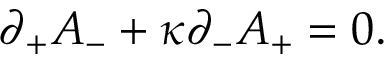
\partial _ { + } A _ { - } + \kappa \partial _ { - } A _ { + } = 0 .